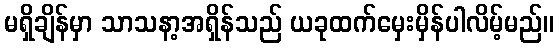
မရှိချိန်မှာ သာသနာ့အရှိန်သည် ယခုထက်မှေးမှိန်ပါလိမ့်မည်။